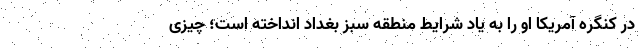
در کنگره آمریکا او را به یاد شرایط منطقه سبز بغداد انداخته است؛ چیزی